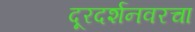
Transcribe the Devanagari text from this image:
दूरदर्शनवरचा